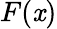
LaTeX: F(\mathit{x})